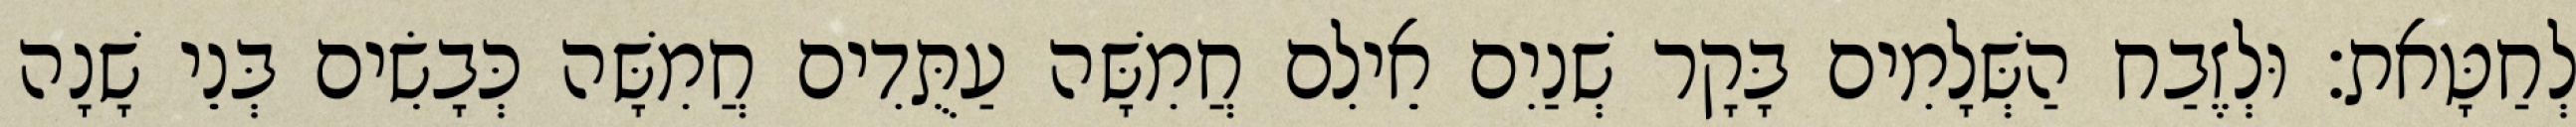
לְחַטָּאת׃ וּלְזֶבַח הַשְּׁלָמִים בָּקָר שְׁנַיִם אֵילִם חֲמִשָּׁה עַתֻּדִים חֲמִשָּׁה כְּבָשִׂים בְּנֵי שָׁנָה